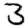
Digit: 3